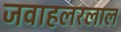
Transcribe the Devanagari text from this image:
जवाहलरलाल